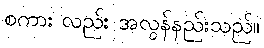
စကား လည်း အလွန်နည်းသည်။